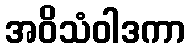
အဝိသံဝါဒကာ